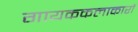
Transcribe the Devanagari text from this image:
गायककलाकारों